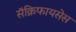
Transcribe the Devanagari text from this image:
सॅक्रिफायसेस